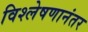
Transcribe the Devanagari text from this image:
विश्लेषणानंतर